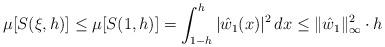
LaTeX: \begin{align*}\mu[S(\xi,h)]\leq \mu[S(1,h)]=\int_{1-h}^h|\hat w_1(x)|^2\,dx\leq\|\hat w_1\|_\infty^2\cdot h\end{align*}